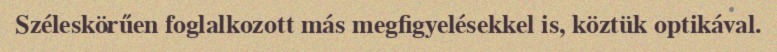
Széleskörűen foglalkozott más megfigyelésekkel is, köztük optikával.